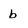
Character: b